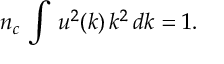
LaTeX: n _ { c } \, \int \, u ^ { 2 } ( k ) \, k ^ { 2 } \, d k = 1 .